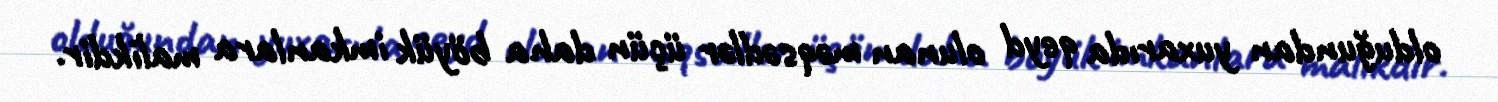
olduğundan yuxarıda qeyd olunan məqsədlər üçün daha böyük imkanlara malikdir.